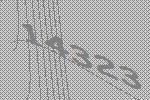
14323